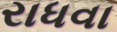
રાધવા